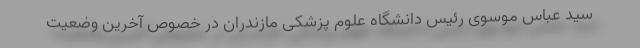
سید عباس موسوی رئیس دانشگاه علوم پزشکی مازندران در خصوص آخرین وضعیت